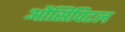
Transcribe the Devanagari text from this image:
औसिपिटल